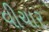
વીચાર